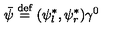
\bar { \psi } \stackrel { \mathrm { d e f } } { = } ( \psi _ { l } ^ { \ast } , \psi _ { r } ^ { \ast } ) \gamma ^ { 0 }